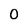
Character: 0